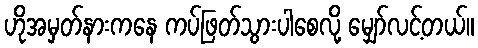
ဟိုအမှတ်နားကနေ ကပ်ဖြတ်သွားပါစေလို့ မျှော်လင့်တယ်။